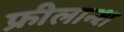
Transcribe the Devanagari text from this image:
फ्रीलान्श